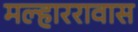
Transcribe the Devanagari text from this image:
मल्हाररावास